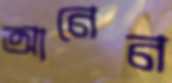
আনেন